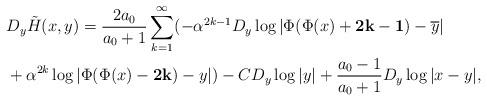
LaTeX: \begin{align*} &D_y\tilde{H}(x,y)=\frac{2a_0}{a_0+1}\sum_{k=1}^\infty(-\alpha^{2k-1}D_y\log|\Phi(\Phi(x)+{\bf 2k-1})-\overline{y}|\\ &+\alpha^{2k}\log|\Phi(\Phi(x)-{\bf 2k})-y|)-CD_y\log|y|+\frac{a_0-1}{a_0+1}D_y\log|x-y|, \end{align*}